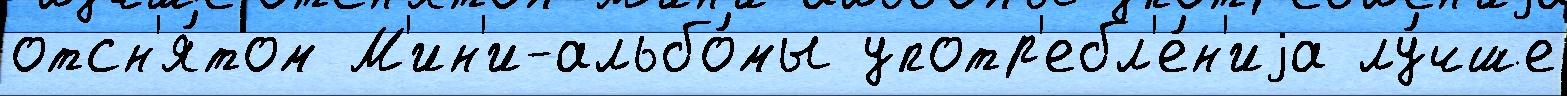
отсн'я́том М'ин'и-альбо́мы употр'ебл'е́н'иjа лу́чше